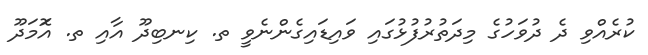
ކުރެއްވި ދެ ދުވަހުގެ މިދަތުރުފުޅުގައި ވައިޑައިގެންނެވީ ތ. ކިނބިދޫ އާއި ތ. އަޮމަދޫ